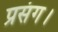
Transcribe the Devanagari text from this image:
प्रसंग।